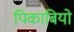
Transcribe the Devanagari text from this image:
पिकाबियो